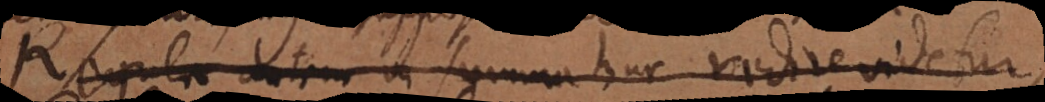
Regula autem in summa huc redire videtur,